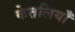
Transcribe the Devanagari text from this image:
केतलियाँ